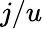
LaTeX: j/u